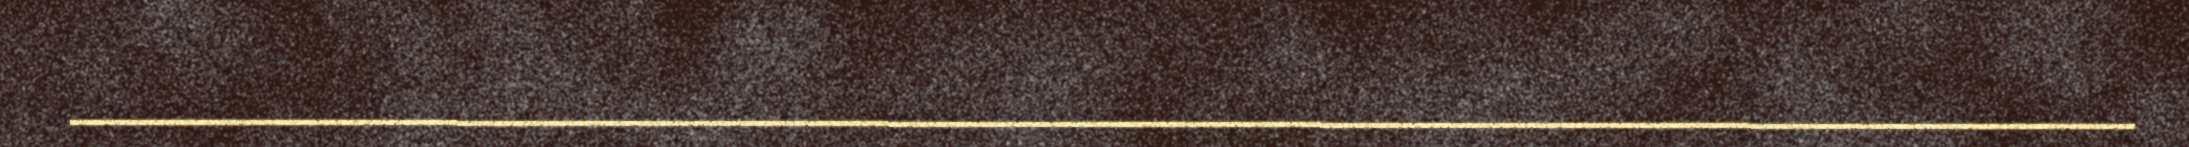
__________________________________________________________________________